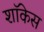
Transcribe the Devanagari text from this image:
शाॅकेस